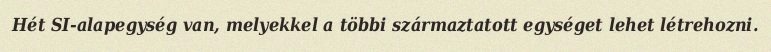
Hét SI-alapegység van, melyekkel a többi származtatott egységet lehet létrehozni.